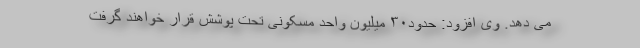
می دهد. وی افزود: حدود۳۰ میلیون واحد مسکونی تحت پوشش قرار خواهند گرفت